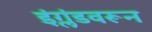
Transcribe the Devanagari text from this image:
इंग्लंडवरून